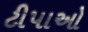
ટીપાઓ